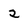
Character: 2